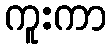
ကူးကာ